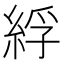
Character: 綒